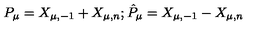
P _ { \mu } = X _ { \mu , - 1 } + X _ { \mu , n } ; \hat { P } _ { \mu } = X _ { \mu , - 1 } - X _ { \mu , n }